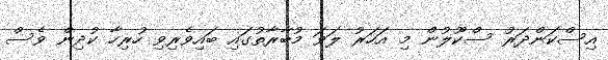
އިސްކަންދަރު ސްކޫލުން މި އަހަރު ލަވަ މުބާރާތުގައި ބައިވެރިވި ހުރިހާ ކުދިން ވެސް